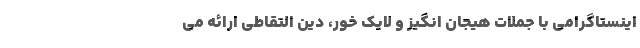
اینستاگرامی با جملات هیجان انگیز و لایک خور، دین التقاطی ارائه می